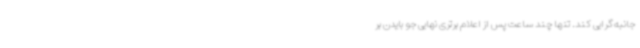
‌جانبه‌گرایی کند. تنها چند ساعت پس از اعلام برتری نهایی جو بایدن بر